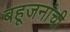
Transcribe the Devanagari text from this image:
बहूजनांची